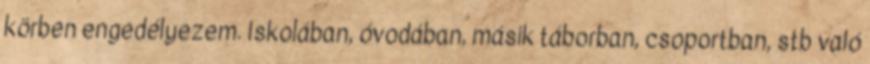
körben engedélyezem. Iskolában, óvodában, másik táborban, csoportban, stb való